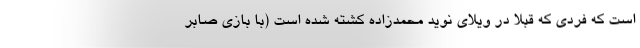
است که فردی که قبلا در ویلای نوید محمدزاده کشته شده است (با بازی صابر